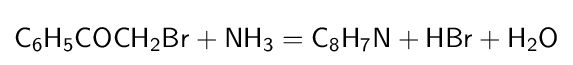
{\mathsf {C_{6}H_{5}COCH_{2}Br+NH_{3}=C_{8}H_{7}N+HBr+H_{2}O}}